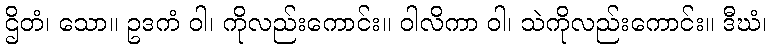
ဌိတံ၊ သော။ ဥဒကံ ဝါ၊ ကိုလည်းကောင်း။ ဝါလိကာ ဝါ၊ သဲကိုလည်းကောင်း။ ဒီဃံ၊